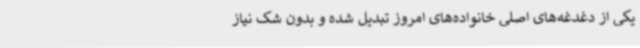
یکی از دغدغه‌های اصلی خانواده‌های امروز تبدیل شده و بدون‌ شک نیاز